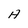
Character: A